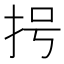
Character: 𢪶